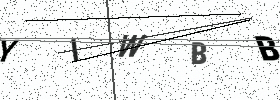
Text: YIWBB